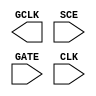
/**
 * Copyright 2020 The SkyWater PDK Authors
 *
 * Licensed under the Apache License, Version 2.0 (the "License");
 * you may not use this file except in compliance with the License.
 * You may obtain a copy of the License at
 *
 *     https://www.apache.org/licenses/LICENSE-2.0
 *
 * Unless required by applicable law or agreed to in writing, software
 * distributed under the License is distributed on an "AS IS" BASIS,
 * WITHOUT WARRANTIES OR CONDITIONS OF ANY KIND, either express or implied.
 * See the License for the specific language governing permissions and
 * limitations under the License.
 *
 * SPDX-License-Identifier: Apache-2.0
 */

`ifndef SKY130_FD_SC_HVL__SDLCLKP_BLACKBOX_V
`define SKY130_FD_SC_HVL__SDLCLKP_BLACKBOX_V

/**
 * sdlclkp: Scan gated clock.
 *
 * Verilog stub definition (black box without power pins).
 *
 * WARNING: This file is autogenerated, do not modify directly!
 */

`timescale 1ns / 1ps
`default_nettype none

(* blackbox *)
module sky130_fd_sc_hvl__sdlclkp (
    GCLK,
    SCE ,
    GATE,
    CLK
);

    output GCLK;
    input  SCE ;
    input  GATE;
    input  CLK ;

    // Voltage supply signals
    supply1 VPWR;
    supply0 VGND;
    supply1 VPB ;
    supply0 VNB ;

endmodule

`default_nettype wire
`endif  // SKY130_FD_SC_HVL__SDLCLKP_BLACKBOX_V